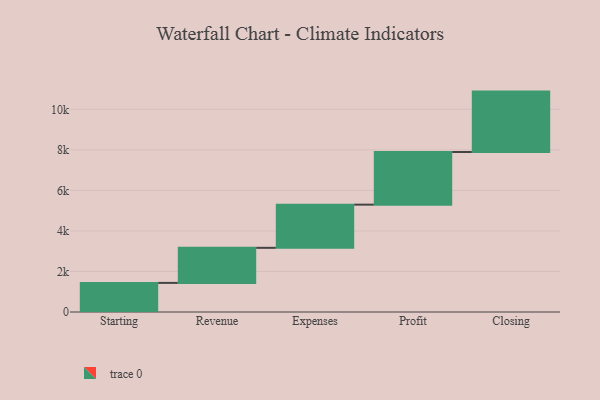
{"axis": {"x": "Step", "y": "Value"}, "legend": [""], "data": [{"x": "Starting", "y": 1436.0, "type": ""}, {"x": "Revenue", "y": 1731.0, "type": ""}, {"x": "Expenses", "y": 2130.0, "type": ""}, {"x": "Profit", "y": 2597.0, "type": ""}, {"x": "Closing", "y": 2981.0, "type": ""}]}